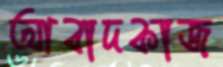
আবাদকাজ